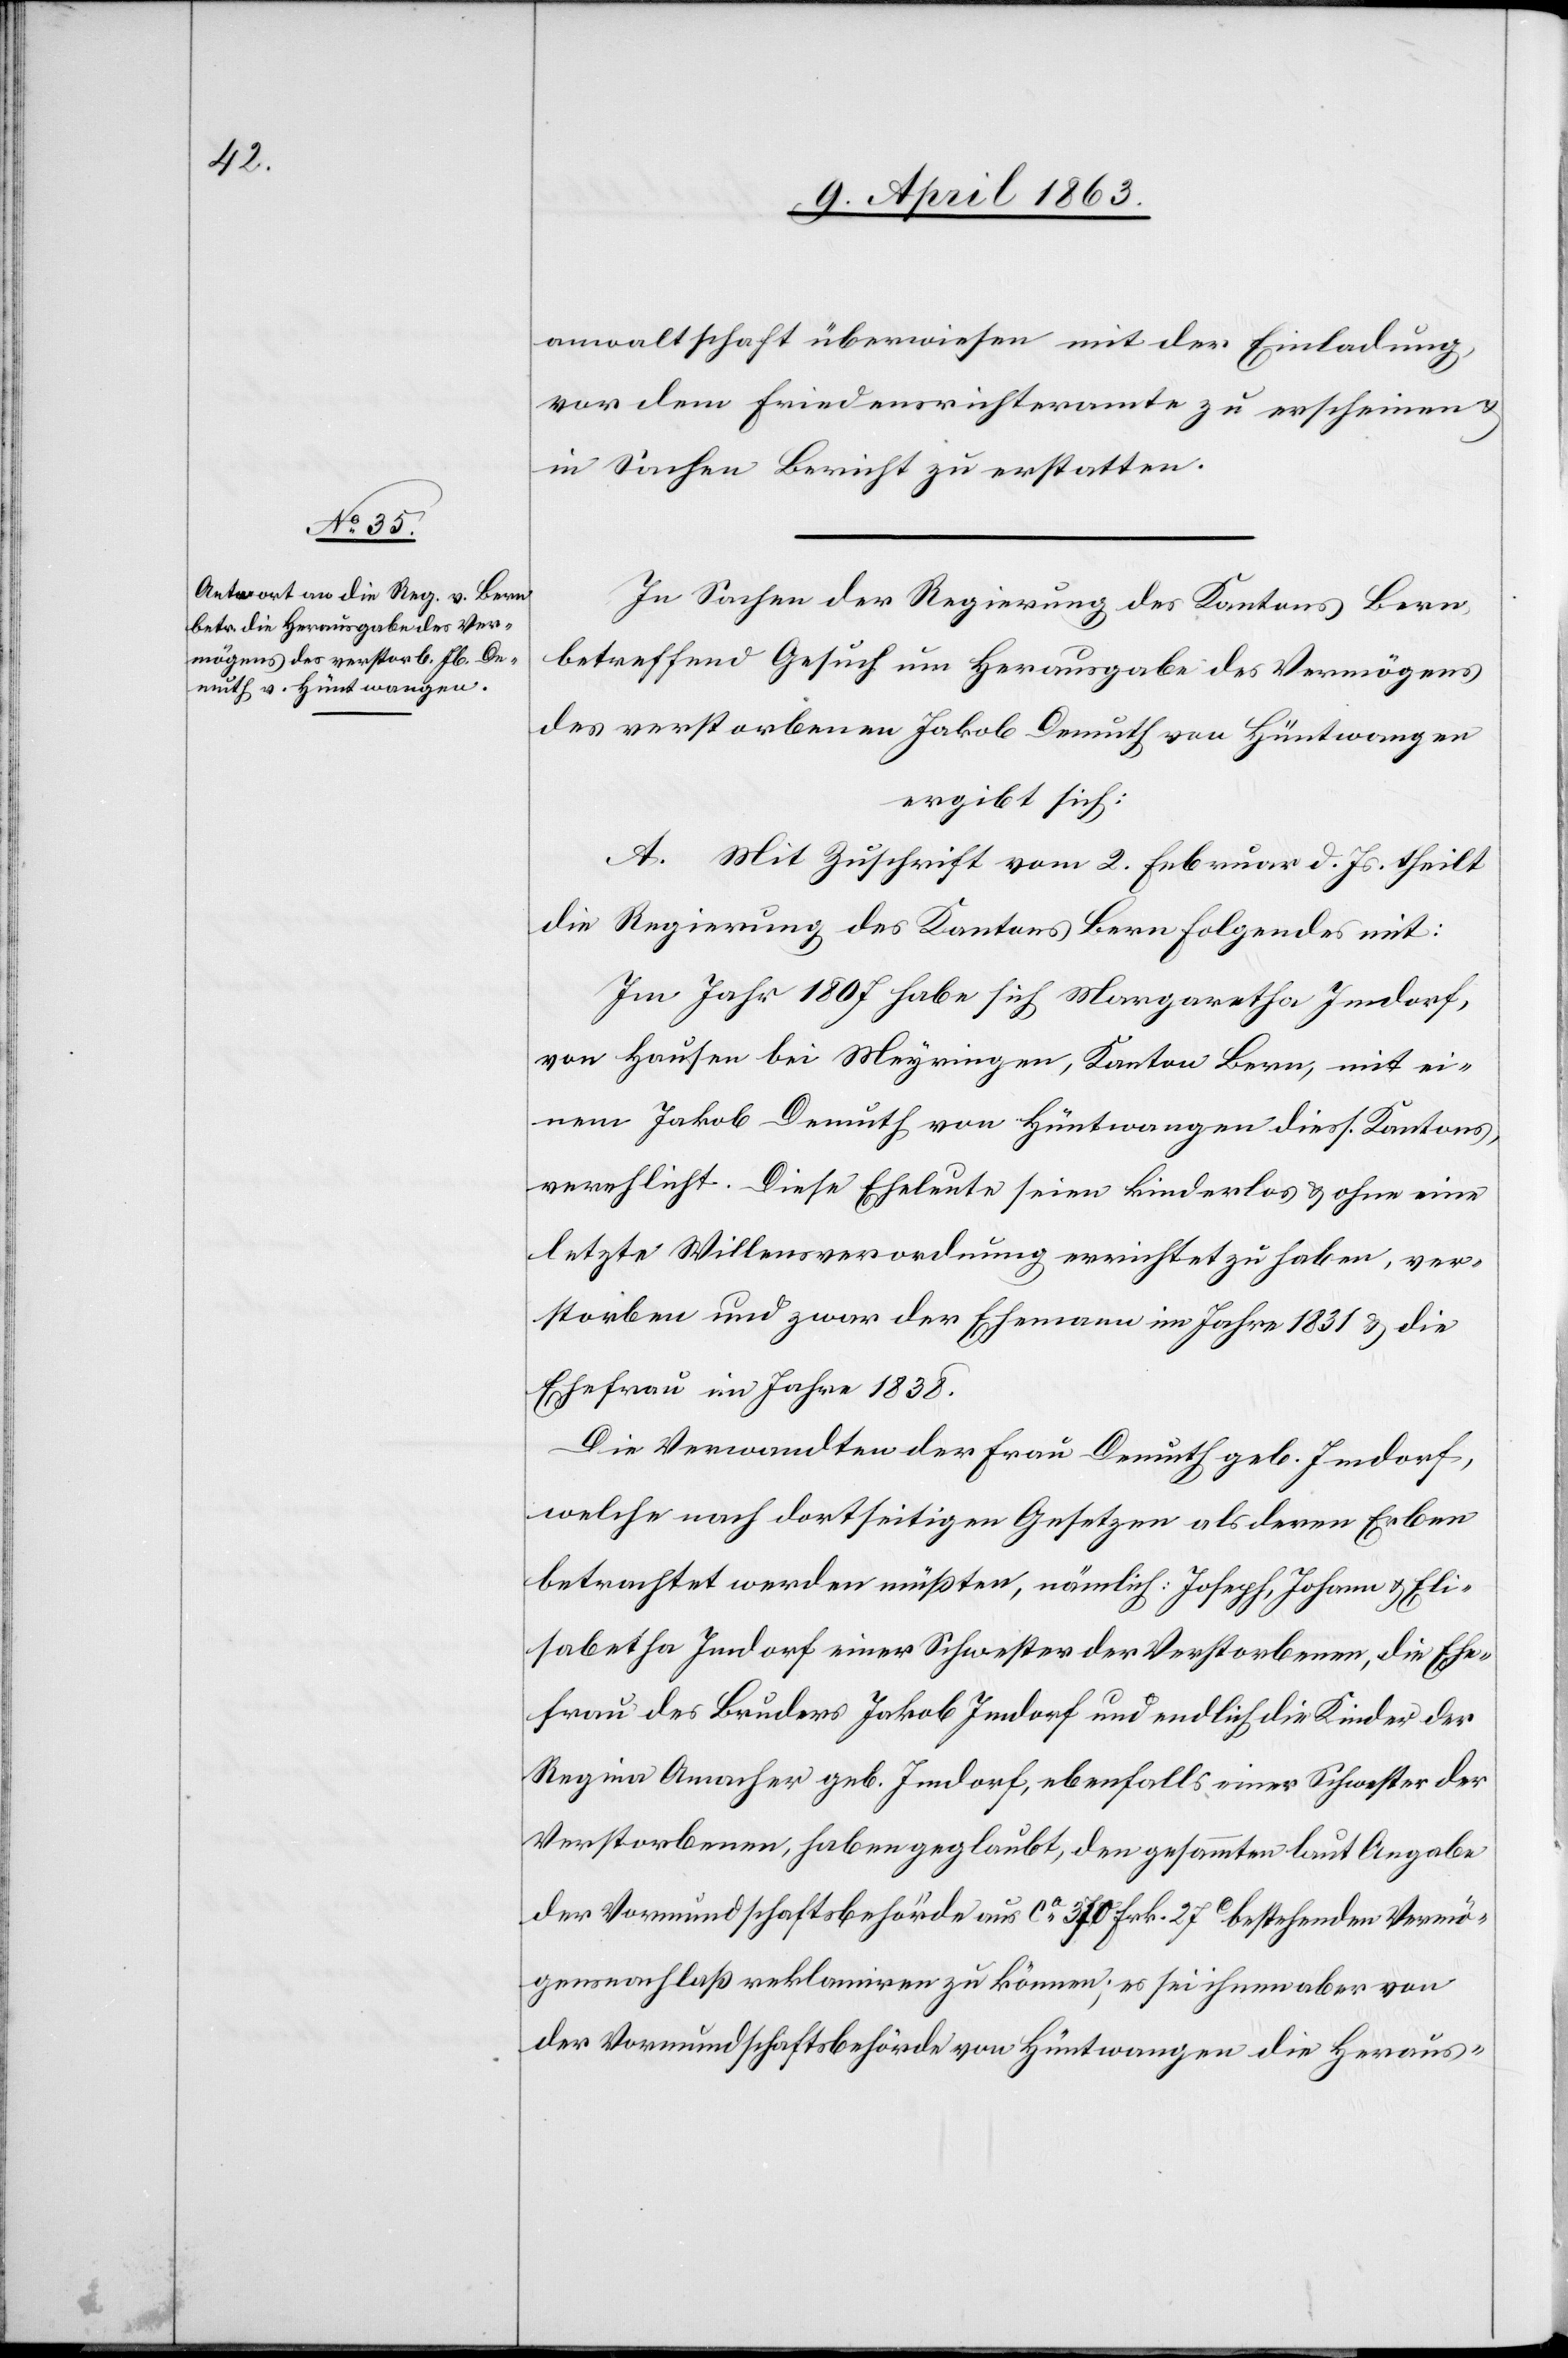
anwaltschaft überwiesen mit der Einladung,
vor dem Friedensrichteramte zu erscheinen &
in Sachen Bericht zu erstatten.
In Sachen der Regierung des Kantons Bern
betreffend Gesuch um Herausgabe des Vermögens
des verstorbenen Jakob Demuth von Hüntwangen
ergibt sich:
A. Mit Zuschrift vom 2. Februar d. Js. theilt
die Regierung des Kantons Bern Folgendes mit:
Im Jahr 1807 habe sich Margaretha Imdorf,
von Hausen bei Meyringen, Kanton Bern, mit ei¬
nem Jakob Demuth von Hüntwangen diess. Kantons,
verehlicht. Diese Eheleute seien kinderlos & ohne eine
letzte Willensverordnung errichtet zu haben, ver¬
storben und zwar der Ehemann im Jahre 1831 & die
Ehefrau im Jahre 1838.
Die Verwandten der Frau Demuth geb. Imdorf,
welche nach dortseitigen Gesetzen als deren Erben
betrachtet werden müßten, nämlich: Joseph, Johann & Eli¬
sabetha Imdorf einer Schwester der Verstorbenen, die Ehe¬
frau des Bruders Jakob Imdorf und endlich die Kinder der
Regina Amacher geb. Imdorf, ebenfalls einer Schwester der
Verstorbenen, haben geglaubt, den gesammten laut Angabe
der Vormundschaftsbehörde aus ca 370 Frk. 27c bestehenden Vermö¬
gensnachlaß reklamiren zu können; es sei ihnen aber von
der Vormundschaftsbehörde von Hüntwangen die Heraus-